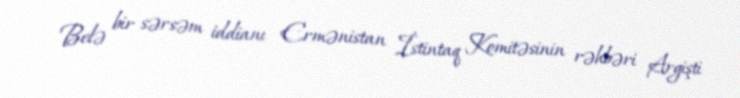
Belə bir sərsəm iddianı Ermənistan İstintaq Komitəsinin rəhbəri Argişti